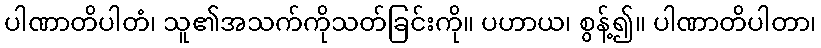
ပါဏာတိပါတံ၊ သူ၏အသက်ကိုသတ်ခြင်းကို။ ပဟာယ၊ စွန့်၍။ ပါဏာတိပါတာ၊